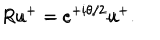
R u ^ { + } = e ^ { + i \theta / 2 } u ^ { + } \hspace { 1 c m } R u ^ { - } = e ^ { - i \theta / 2 } u ^ { - } .